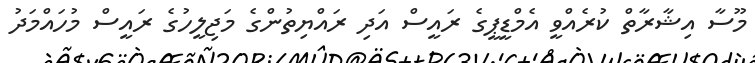
މޫސާ އިޝާރާތް ކުރެއްވީ އެމްޑީޕީގެ ރައީސް އަދި ރައްޔިތުންގެ މަޖިލީހުގެ ރައީސް މުހައްމަދު